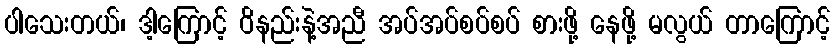
ပါသေးတယ်၊ ဒါ့ကြောင့် ဝိနည်းနဲ့အညီ အပ်အပ်စပ်စပ် စားဖို့ နေဖို့ မလွယ် တာကြောင့်